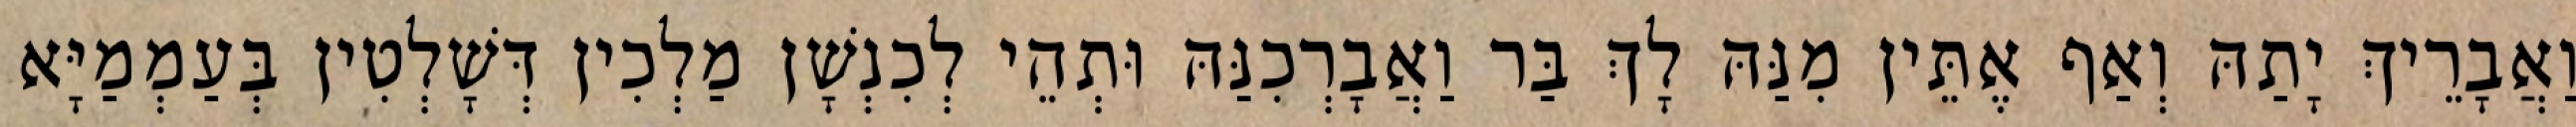
וַאֲבָרֵיךְ יָתַהּ וְאַף אֶתֵּין מִנַּהּ לָךְ בַּר וַאֲבָרְכִנַּהּ וּתְהֵי לְכִנְשָׁן מַלְכִין דְּשָׁלְטִין בְּעַמְמַיָּא